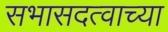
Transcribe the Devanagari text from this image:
सभासदत्वाच्या